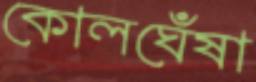
কোলঘেঁষা